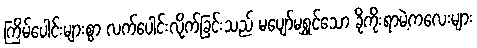
ကြိမ်ပေါင်းများစွာ လက်ပေါင်းလိုက်ခြင်းသည် မပျော်မရွှင်သော ခိုကိုးရာမဲ့ကလေးများ